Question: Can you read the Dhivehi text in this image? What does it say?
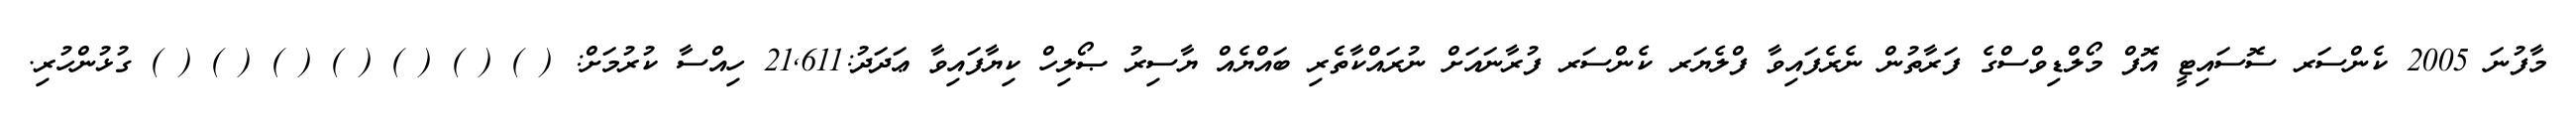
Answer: މާފުނަ 2005 ކެންސަރ ސޮސައިޓީ އޮފް މޯލްޑިވްސްގެ ފަރާތުން ނެރެފައިވާ ފްލެޔަރ ކެންސަރ ފުރާނައަށް ނުރައްކާތެރި ބައްޔެއް ޔާސިރު ޞޯލިހް ކިޔާފައިވާ ޢަދަދު:21,611 ހިއްސާ ކުރުމަށް: ( ) ( ) ( ) ( ) ( ) ( ) ( ) ގުޅުންހުރި.